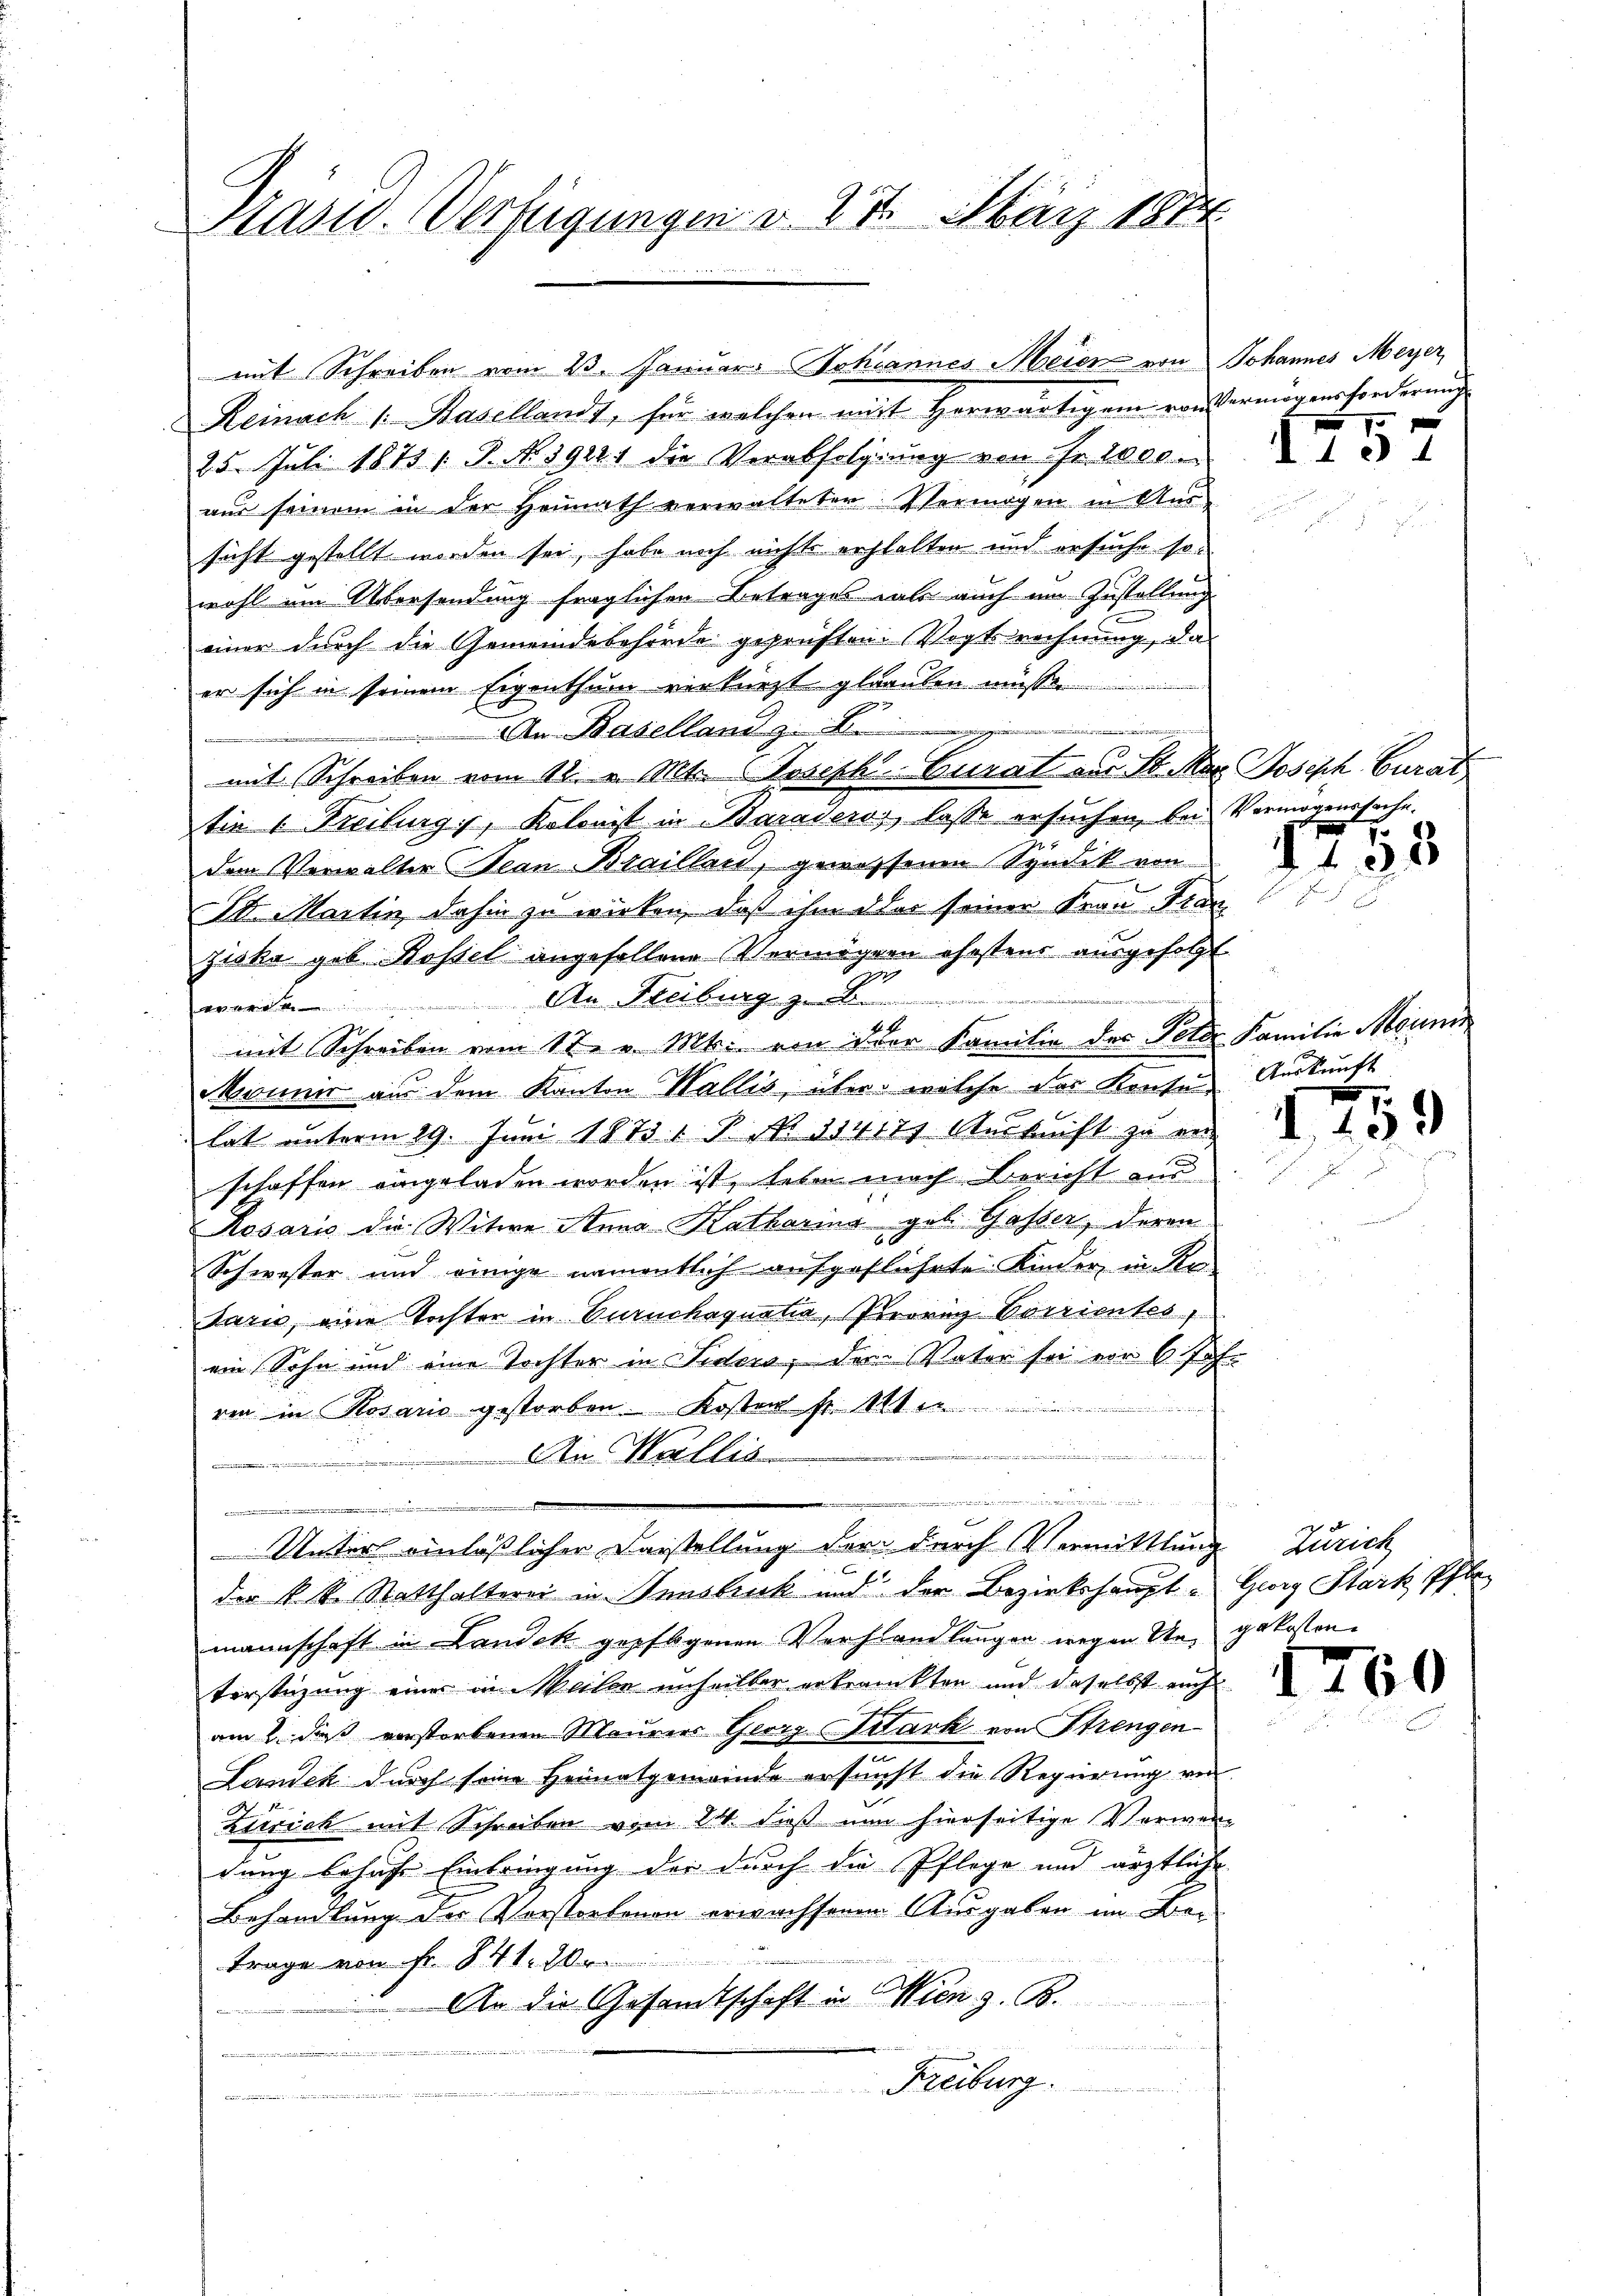
Präsid. Verfügungen d. 17. März 181

Reinach 1. Basellandt, für welchen mit herwärtigem von Vermögensforderung
25. Juli 1873 / P. N. 19221 die Verabfolgung von Fr. 1000.
aus seinem in der Heimath verwalteten Vermögen in Aussicht gestellt worden sei, habe noch nichts erhalten und ersuche so-
wohl um Übersendung fraglichen Betrages als auch im Zustellung
e
einer durch die Gemeindebehörde geprüften Vogtsrechnung, da
er sich in seinem Eigenthum verkürzt glauben müsse.
An Baselland z.
mit Schreiben vom 12. v. Mts. Joseph-Curat vor St. Mar Joseph Curat
tie 1. Freiburg, Kolonist in Baraderos, lasse ersuchen, bei Vermögenssache.
dem Verwalter Jean Braillar, gewessenen Syndik von
St. Martin dahin zu wirken, daß ihm der seiner Frau Fran
ziska geb. Rossel angesellene Vermögern ehesteur ausgefolgt.
E
An Freiburg zu
wer
mit Schreiben vom 12. v. Mts. von der Familie des Felde Familie Mein
Monnir aus dem Kanton Wallis, über welche des Konte Auskunft
lat unterm 29. Juni 1873 § NNo. 334177 Auskunft zu er-
schaffen eingeladen worden ist, leben nach Bericht und
Rosaris die Witwe Anna Katharina geb. Gosser, deren
Schwester und einige namentlich aufgeführte Kinder, in Re-
sario, eine Tochter in Burnchaqualia, Peori Corrientes,
ein Sohn und eine Tochter in Siders, dem Vater sei vor 6 Jahr
rin in Rosario gestorben. Kosten fr. 110

An Wallis
.
.
.

Unter einläßlicher Darstellung der durch Vermittlung Zürich
der k. k. Statthalterei in Innsbruck und der Bezirkshaupt- Georg Stark Pfl
mannschaft in Landek gepflogenen Verhandlungen wegen die gekosten
terstüzung einer in Meilen unheilber erkrankten und daselbst auch
am 2. dieß verstorbenen Maurers Georg stark von Strengen
Landek durch seine Heimatgemeinde ersunst die Regierung von
Zerrich mit Schreiben vom 24. dieß nun hierseitige Verwendung behufe Einbringung der durch die Pflege und ärztliche
Behandlung der Vorstorbenen erwachsenem Ausgaben im Betrage von Fr. S. 41. 2
An die Gesandtschaft in Wien z. B.

Freiburg.

mit Schreiben vom 23. Januar Johannes Meier von Johannes Meyer,

10

1755

.

39

0